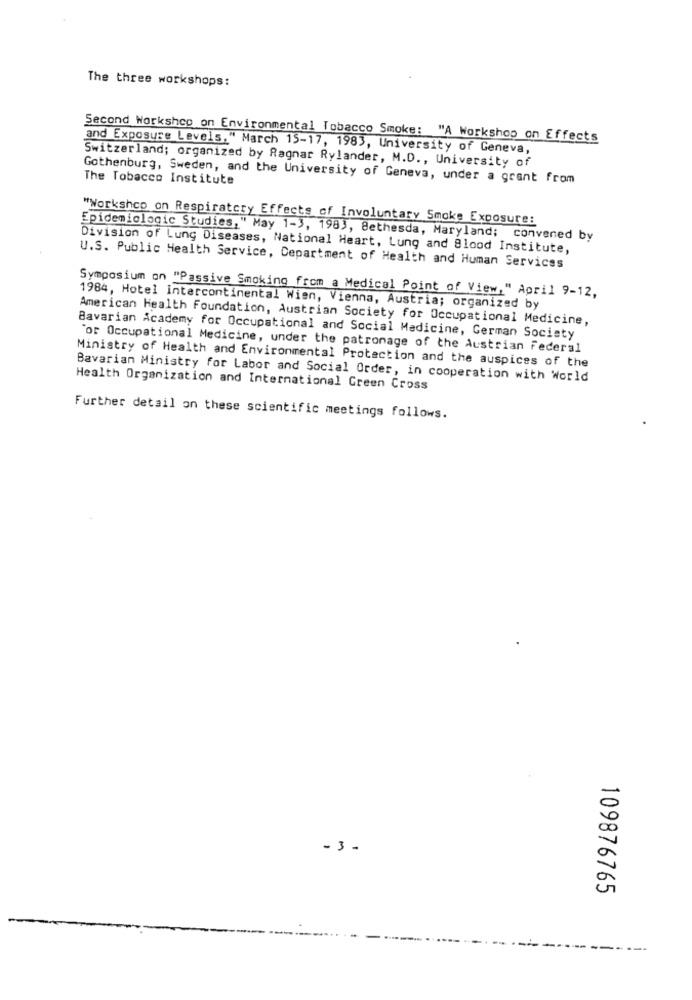
The three workshops:
Second Workshop on Environmental Tobacco Smoke: "A Workshop on Effects
and Exposure Levels," March 15-17, 1983, University of Geneva,
Switzerland; organized by Ragnar Rylander, M.D ., University of
Gothenburg, Sweden, and the University of Geneva, under a grant from
The Tobacco Institute
"Workshop on Respiratory Effects of Involuntary Smoke Exposure:
Epidemiologic Studies," May 1-3, 1983, Bethesda, Maryland; convened by
Division of Lung Diseases, National Heart, Lung and Blood Institute,
U.S. Public Health Service, Department of Health and Human Services
Symposium on "Passive Smoking from a Medical Point of View," April 9-12,
1984, Hotel intercontinental Wien, Vienna, Austria; organized by
American Health Foundation, Austrian Society for Occupational Medicine,
Bavarian Academy for Occupational and Social Medicine, German Society
"or Occupational Medicine, under the patronage of the Austrian Federal
Ministry of Health and Environmental Protection and the auspices of the
Bavarian Ministry for Labor and Social Order, in cooperation with World
Health Organization and International Green Cross
Further detail on these scientific meetings follows.
- 3 -
109876765